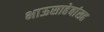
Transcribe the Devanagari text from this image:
भाऊसाहेबांसह